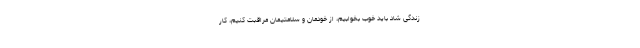
زندگی شاد باید خوب بخوابیم، از خودمان و سلامتیمان مراقبت کنیم، کار